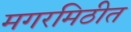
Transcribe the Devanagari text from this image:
मगरमिठीत